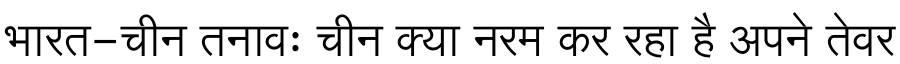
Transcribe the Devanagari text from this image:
भारत-चीन तनावः चीन क्या नरम कर रहा है अपने तेवर